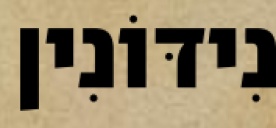
נִידּוֹנִין